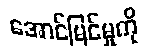
အောင်မြင်မှုကို